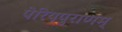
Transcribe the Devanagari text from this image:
पेरियपुराणम्